Vaccination in Burma 1900-1911 - 1900-1911
Year: 1900
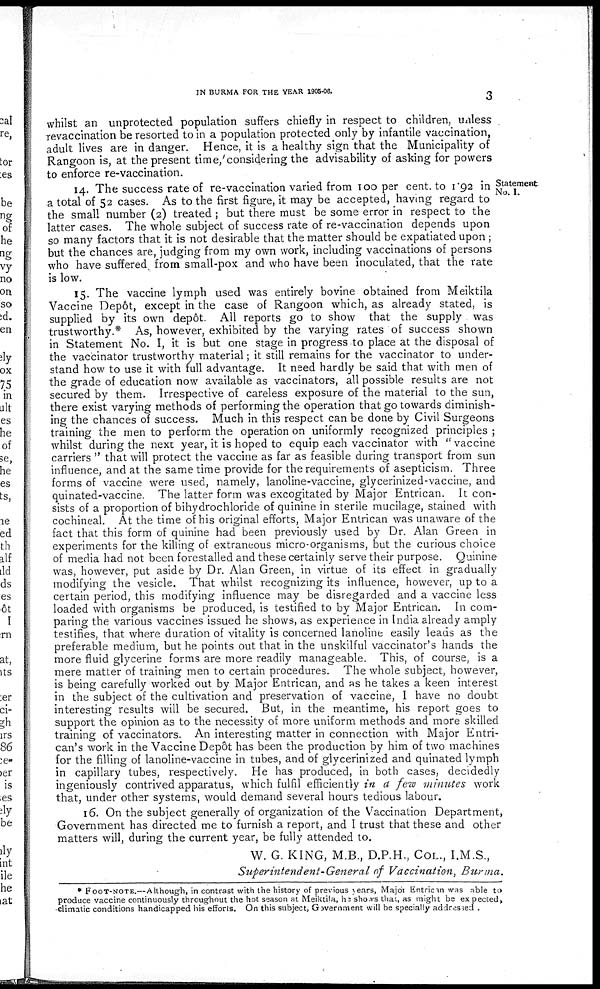
IN BURMA FOR THE YEAR 1905-06.
3
whilst an unprotected population suffers chiefly in respect to children, unless
revaccination be resorted to in a population protected only by infantile vaccination,
adult lives are in danger. Hence, it is a healthy sign that the Municipality of
Rangoon is, at the present time, considering the advisability of asking for powers
to enforce re-vaccination.
Statement
No. I.
14. The success rate of re-vaccination varied from 100 per cent. to 1.92 in
a total of 52 cases. As to the first figure, it may be accepted, having regard to
the small number (2) treated; but there must be some error in respect to the
latter cases. The whole subject of success rate of re-vaccination depends upon
so many factors that it is not desirable that the matter should be expatiated upon;
but the chances are, judging from my own work, including vaccinations of persons
who have suffered from small-pox and who have been inoculated, that the rate
is low.
15. The vaccine lymph used was entirely bovine obtained from Meiktila
Vaccine Depôt, except in the case of Rangoon which, as already stated, is
supplied by its own depôt. All reports go to show that the supply was
trustworthy.* As, however, exhibited by the varying rates of success shown
in Statement No. I, it is but one stage in progress to place at the disposal of
the vaccinator trustworthy material; it still remains for the vaccinator to under-
stand how to use it with full advantage. It need hardly be said that with men of
the grade of education now available as vaccinators, all possible results are not
secured by them. Irrespective of careless exposure of the material to the sun,
there exist varying methods of performing the operation that go towards diminish-
ing the chances of success. Much in this respect can be done by Civil Surgeons
training the men to perform the operation on uniformly recognized principles ;
whilst during the next year, it is hoped to equip each vaccinator with "vaccine
carriers" that will protect the vaccine as far as feasible during transport from sun
influence, and at the same time provide for the requirements of asepticism. Three
forms of vaccine were used, namely, lanoline-vaccine, glycerinized-vaccine, and
quinated-vaccine. The latter form was excogitated by Major Entrican. It con-
sists of a proportion of bihydrochloride of quinine in sterile mucilage, stained with
cochineal. At the time of his original efforts, Major Entrican was unaware of the
fact that this form of quinine had been previously used by Dr. Alan Green in
experiments for the killing of extraneous micro-organisms, but the curious choice
of media had not been forestalled and these certainly serve their purpose. Quinine
was, however, put aside by Dr. Alan Green, in virtue of its effect in gradually
modifying the vesicle. That whilst recognizing its influence, however, up to a
certain period, this modifying influence may be disregarded and a vaccine less
loaded with organisms be produced, is testified to by Major Entrican. In com-
paring the various vaccines issued he shows, as experience in India already amply
testifies, that where duration of vitality is concerned lanoline easily leads as the
preferable medium, but he points out that in the unskilful vaccinator's hands the
more fluid glycerine forms are more readily manageable. This, of course, is a
mere matter of training men to certain procedures. The whole subject, however,
is being carefully worked out by Major Entrican, and as he takes a keen interest
in the subject of the cultivation and preservation of vaccine, I have no doubt
interesting results will be secured. But, in the meantime, his report goes to
support the opinion as to the necessity of more uniform methods and more skilled
training of vaccinators. An interesting matter in connection with Major Entri-
can's work in the Vaccine Depôt has been the production by him of two machines
for the filling of lanoline-vaccine in tubes, and of glycerinized and quinated lymph
in capillary tubes, respectively. He has produced, in both cases, decidedly
ingeniously contrived apparatus, which fulfil efficiently in a few minutes work
that, under other systems, would demand several hours tedious labour.
16. On the subject generally of organization of the Vaccination Department,
Government has directed me to furnish a report, and I trust that these and other
matters will, during the current year, be fully attended to.
W. G. KING, M.B., D.P.H., COL., I.M.S.,
Superintendent-General of Vaccination, Burma.
* FOOT-NOTE.—Although, in contrast with the history of previous years, Major Entrican was able to
produce vaccine continuously throughout the hot season at Meiktila, he shows that, as might be expected,
climatic conditions handicapped his efforts. On this subject, Government will be specially addressed.